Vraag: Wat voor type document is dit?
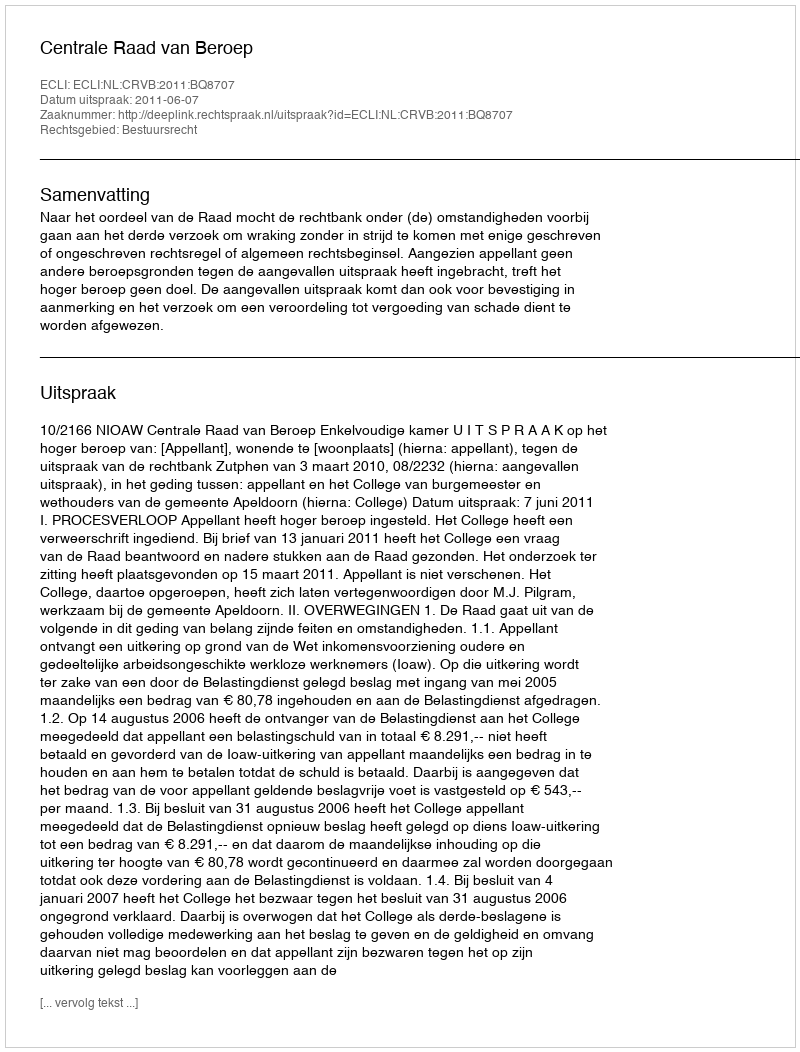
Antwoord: Uitspraak